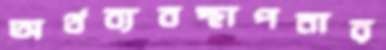
অর্থব্যবস্থাপনার